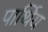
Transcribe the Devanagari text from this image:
पार्थिय